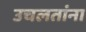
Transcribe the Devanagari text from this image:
उचलतांना